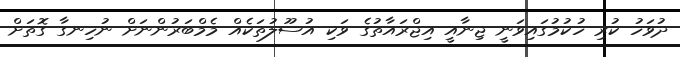
ދުވަހު ކުރި ހުކުމުގައިވަނީ ޖިނާއީ އިޖްރައާތުގެ ވަކި އުސޫލުތަކެއް މެމްބަރުންނަށް ނުހިނގާ ގޮތަށް